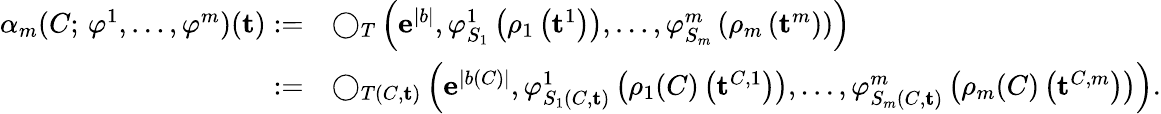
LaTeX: \begin{array}{rl}{\alpha_{m}(C;\, \varphi^{1},\dots,\varphi^{m})(\mathbf{t}):=}&{\bigcirc_{T}\left(\mathbf{e}^{|b|},\varphi_{S_{1}}^{1}\left(\rho_{1}\left(\mathbf{t}^{1}\right)\right),\dots,\varphi_{S_{m}}^{m}\left(\rho_{m}\left(\mathbf{t}^{m}\right)\right)\right)}\\ {:=}&{\bigcirc_{T(C,\mathbf{t})}\left(\mathbf{e}^{|b(C)|},\varphi_{S_{1}(C,\mathbf{t})}^{1}\left(\rho_{1}(C)\left(\mathbf{t}^{C,1}\right)\right),\dots,\varphi_{S_{m}(C,\mathbf{t})}^{m}\left(\rho_{m}(C)\left(\mathbf{t}^{C,m}\right)\right)\right).}\end{array}